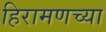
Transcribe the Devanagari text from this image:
हिरामणच्या